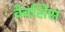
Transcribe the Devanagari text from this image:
वेबसिस